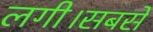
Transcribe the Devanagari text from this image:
लगी।सबसे